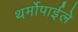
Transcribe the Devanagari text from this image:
थर्मोपाईले